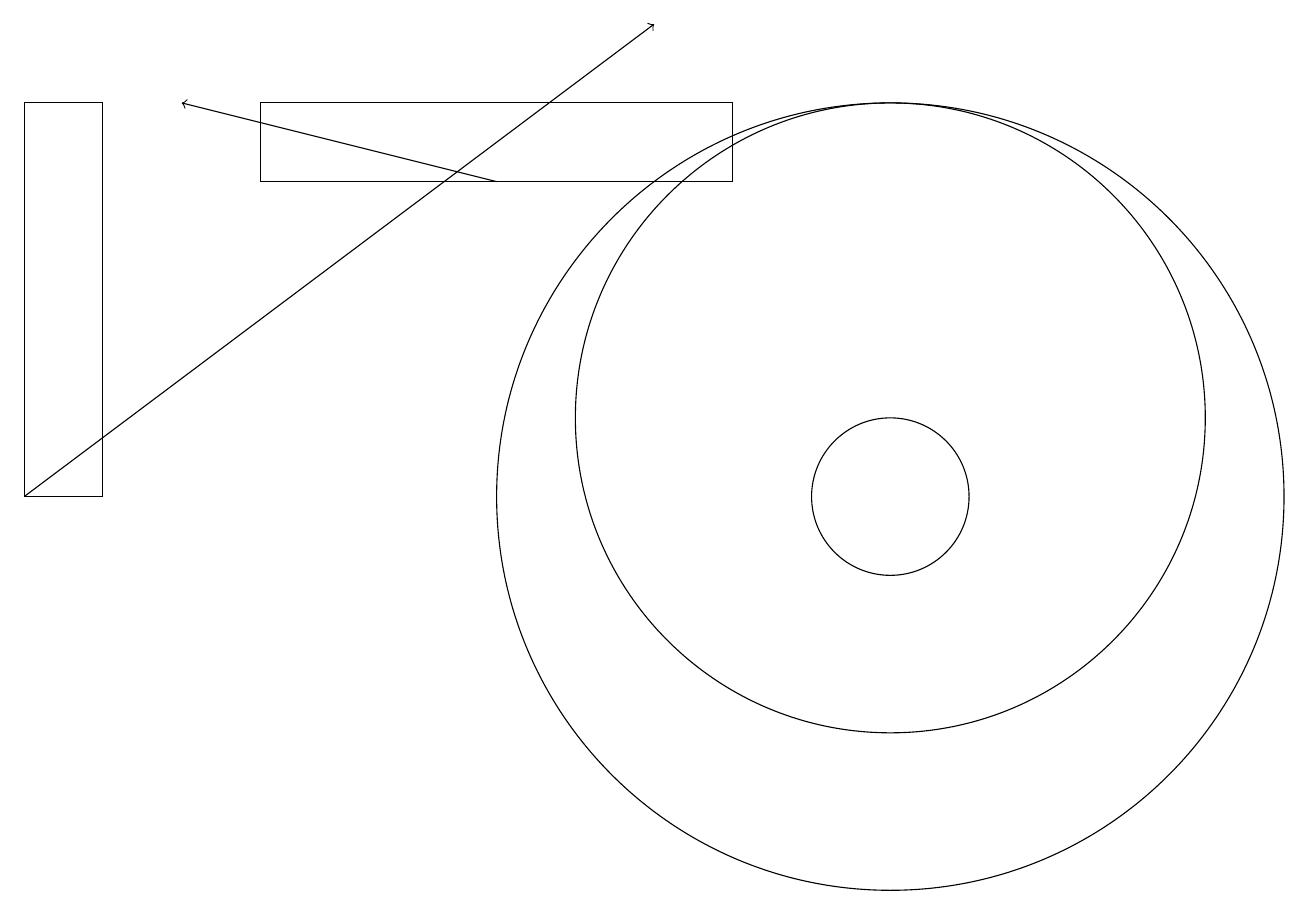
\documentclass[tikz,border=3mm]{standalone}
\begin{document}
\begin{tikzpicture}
\draw (0,16) rectangle (1,11);
\draw[->] (6,15) -- (2,16);
\draw (10,10) circle (0);
\draw[->] (0,11) -- (8,17);
\draw (11,11) circle (1);
\draw (11,11) circle (5);
\draw (3,16) rectangle (9,15);
\draw (11,12) circle (4);
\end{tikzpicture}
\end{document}